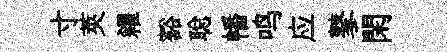
寸莢糴豁聪幡鸣应鼕閑